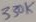
Text: 330K